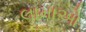
લામાઓ